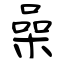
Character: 喿